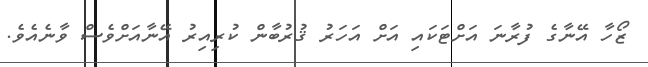
ޒޯހާ އޭނާގެ ފުރާނަ އަށްޓަކައި އަށް އަހަރު ޤުރުބާން ކުރިއިރު އޭނާއަށްވެސް ވާނެއެވެ.